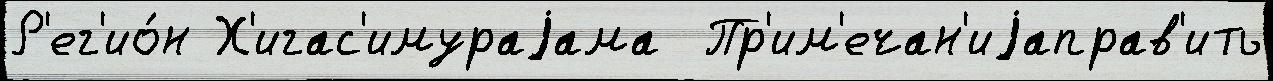
Р'ег'ио́н Х'игас'имураjама  Пр'им'ечан'иjаправ'ить